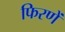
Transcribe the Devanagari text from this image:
फिरणें